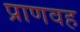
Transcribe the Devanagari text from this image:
प्राणवह